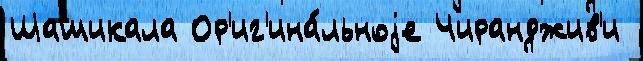
Шашикала Ор'иг'ина́льноjе Чиранджив'и